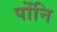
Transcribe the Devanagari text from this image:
पोंनि